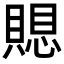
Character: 𮚗